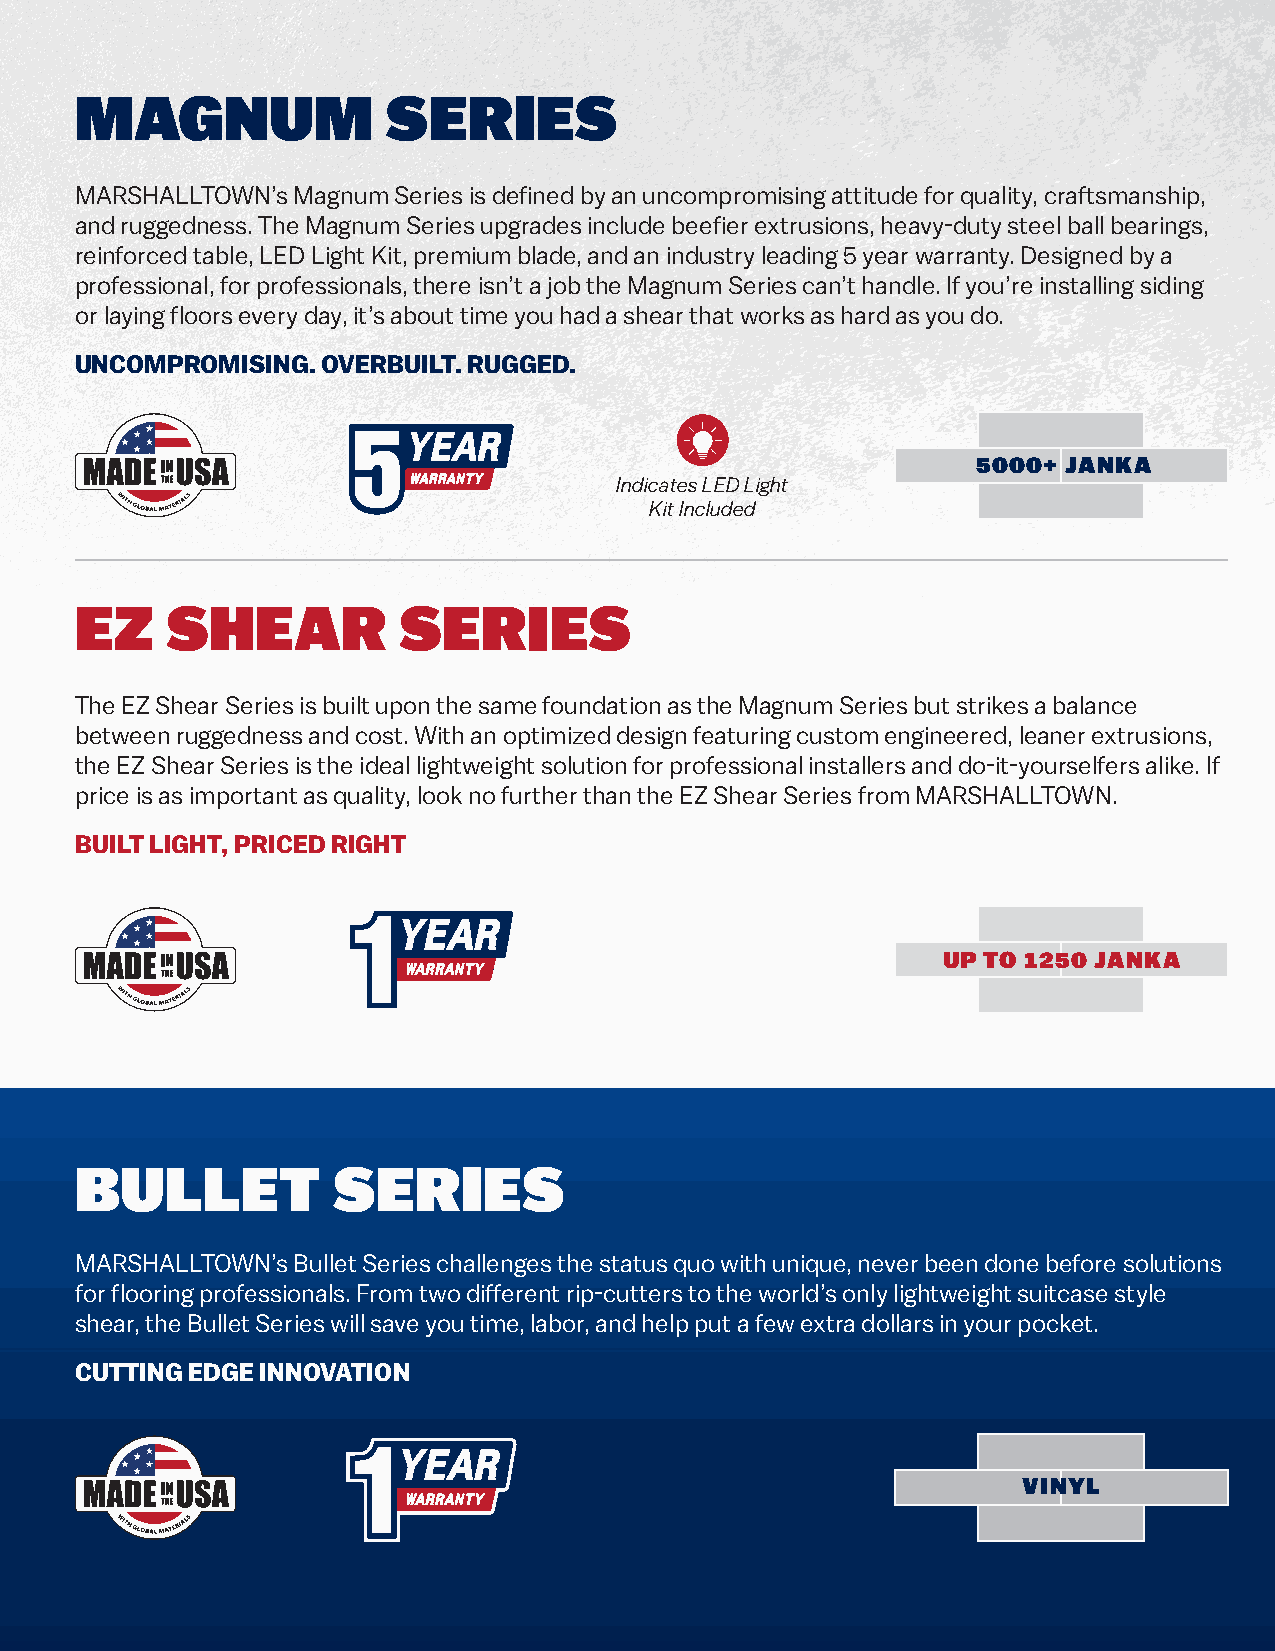
MAGNUM               SERIES
 MARSHALLTOWN’s Magnum Series is defined by an uncompromising attitude for quality, craftsmanship,
 and ruggedness. The Magnum Series upgrades include beefier extrusions, heavy-duty steel ball bearings,
 reinforced table, LED Light Kit, premium blade, and an industry leading 5 year warranty. Designed by a
 professional, for professionals, there isn’t a job the Magnum Series can’t handle. If you’re installing siding
 or laying floors every day, it’s about time you had a shear that works as hard as you do.
 UNCOMPROMISING. OVERBUILT. RUGGED.
 5000+ JANKA
 Indicates LED Light
 Kit Included
 EZ    SHEAR          SERIES
 The EZ Shear Series is built upon the same foundation as the Magnum Series but strikes a balance
 between ruggedness and cost. With an optimized design featuring custom engineered, leaner extrusions,
 the EZ Shear Series is the ideal lightweight solution for professional installers and do-it-yourselfers alike. If
 price is as important as quality, look no further than the EZ Shear Series from MARSHALLTOWN.
 BUILT LIGHT, PRICED RIGHT
 UP TO 1250 JANKA
 BULLET           SERIES
 MARSHALLTOWN’s Bullet Series challenges the status quo with unique, never been done before solutions
 for flooring professionals. From two different rip-cutters to the world’s only lightweight suitcase style
 shear, the Bullet Series will save you time, labor, and help put a few extra dollars in your pocket.
 CUTTING EDGE INNOVATION
 VINYL